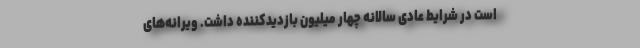
است در شرایط عادی سالانه چهار میلیون بازدیدکننده داشت. ویرانه‌های